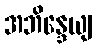
အဘိန္ဒေယျ